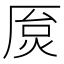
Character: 𫨐